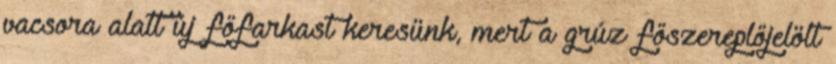
vacsora alatt új főfarkast keresünk, mert a grúz főszereplőjelölt